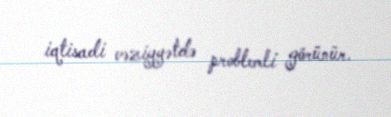
iqtisadi vəziyyətdə problemli görünür.